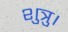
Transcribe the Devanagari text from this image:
शुत्रु।